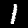
Label: 1